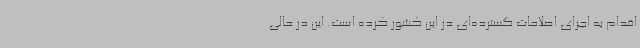
اقدام به اجرای اصلاحات گسترده‌ای در این کشور کرده است. این در حالی